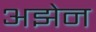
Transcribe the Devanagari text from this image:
अझेन